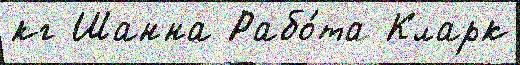
кг Шанна Рабо́та Кларк